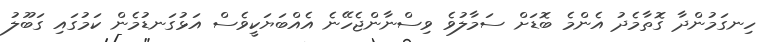
ހިނގަމުންދާ ގޮތާމެދު އެންމެ ބޮޑަށް ސަމާލުވެ ވިސްނާންޖެހޭނެ އެއްބަޔަކީވެސް އަޅުގަނޑުމެން ކަމުގައި ގަބޫލު